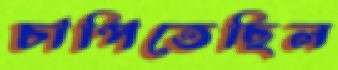
চাপিতেছিল